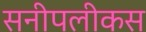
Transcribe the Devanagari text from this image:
सनीपलीकस